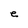
Character: e